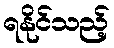
ရနိုင်သည့်